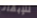
للإبقاء